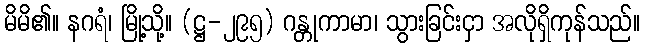
မိမိ၏။ နဂရံ၊ မြို့သို့။ (ဋ္ဌ-၂၉၅) ဂန္တုကာမာ၊ သွားခြင်းငှာ အလိုရှိကုန်သည်။